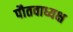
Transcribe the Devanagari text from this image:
पौतवाध्यक्ष